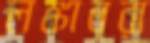
লঙ্কানরা